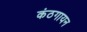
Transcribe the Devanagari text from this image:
कंठगायन